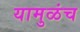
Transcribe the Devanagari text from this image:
यामुळंच